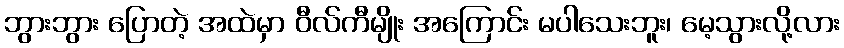
ဘွားဘွား ပြောတဲ့ အထဲမှာ ဝီလ်ကီမျိုး အကြောင်း မပါသေးဘူး၊ မေ့သွားလို့လား